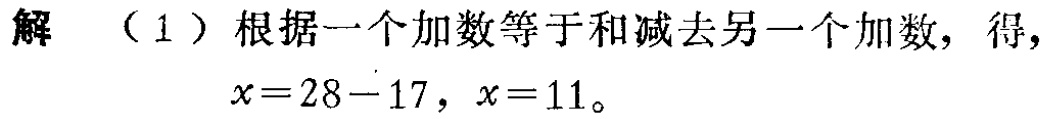
解 （1）根据一个加数等于和减去另一个加数，得，

\(x = 28 - 17\)，\(x = 11\)。